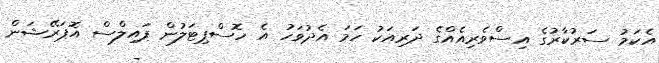
އެކަމު ސަރުކާރުގެ އިސްވެރިއެއްގެ ދަރިއަކު ހަމަ އެދުވަހު އެ ހޮސްޕިޓަލުން ޕައިލްސް އޮޕަރޭޝަން